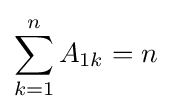
\sum _{k=1}^{n}A_{1k}=n